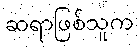
ဆရာဖြစ်သူက